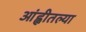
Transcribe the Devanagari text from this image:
आंह्वीतल्या